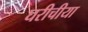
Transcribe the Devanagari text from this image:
घरीचीया